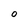
Character: O